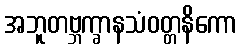
အဘူတဗ္ဘက္ခာနသံဝတ္တနိကော